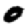
Digit: 0